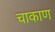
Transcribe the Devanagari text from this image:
चाकाण